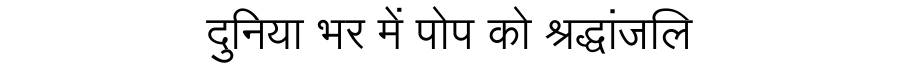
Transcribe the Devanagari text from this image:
दुनिया भर में पोप को श्रद्धांजलि